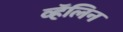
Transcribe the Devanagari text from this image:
व्हॅलिन